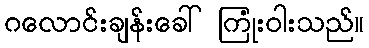
ဂလောင်းချန်းခေါ် ကြုံးဝါးသည်။